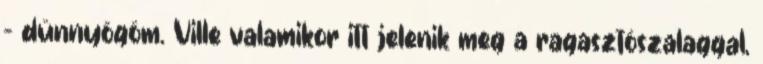
– dünnyögöm. Ville valamikor itt jelenik meg a ragasztószalaggal,